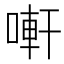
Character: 𠻃